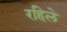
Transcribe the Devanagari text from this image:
रहिले